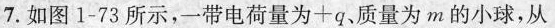
7. 如图1-73所示，一带电荷量为+q、质量为m的小球，从